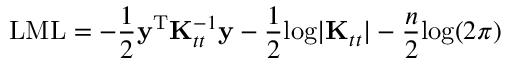
\mathrm { L M L } = - \frac { 1 } { 2 } \mathbf { y } ^ { \mathrm { T } } \mathbf { K } _ { t t } ^ { - 1 } \mathbf { y } - \frac { 1 } { 2 } \mathrm { l o g } | \mathbf { K } _ { t t } | - \frac { n } { 2 } \mathrm { l o g } ( 2 \pi )